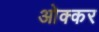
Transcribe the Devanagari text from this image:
ओक्कर